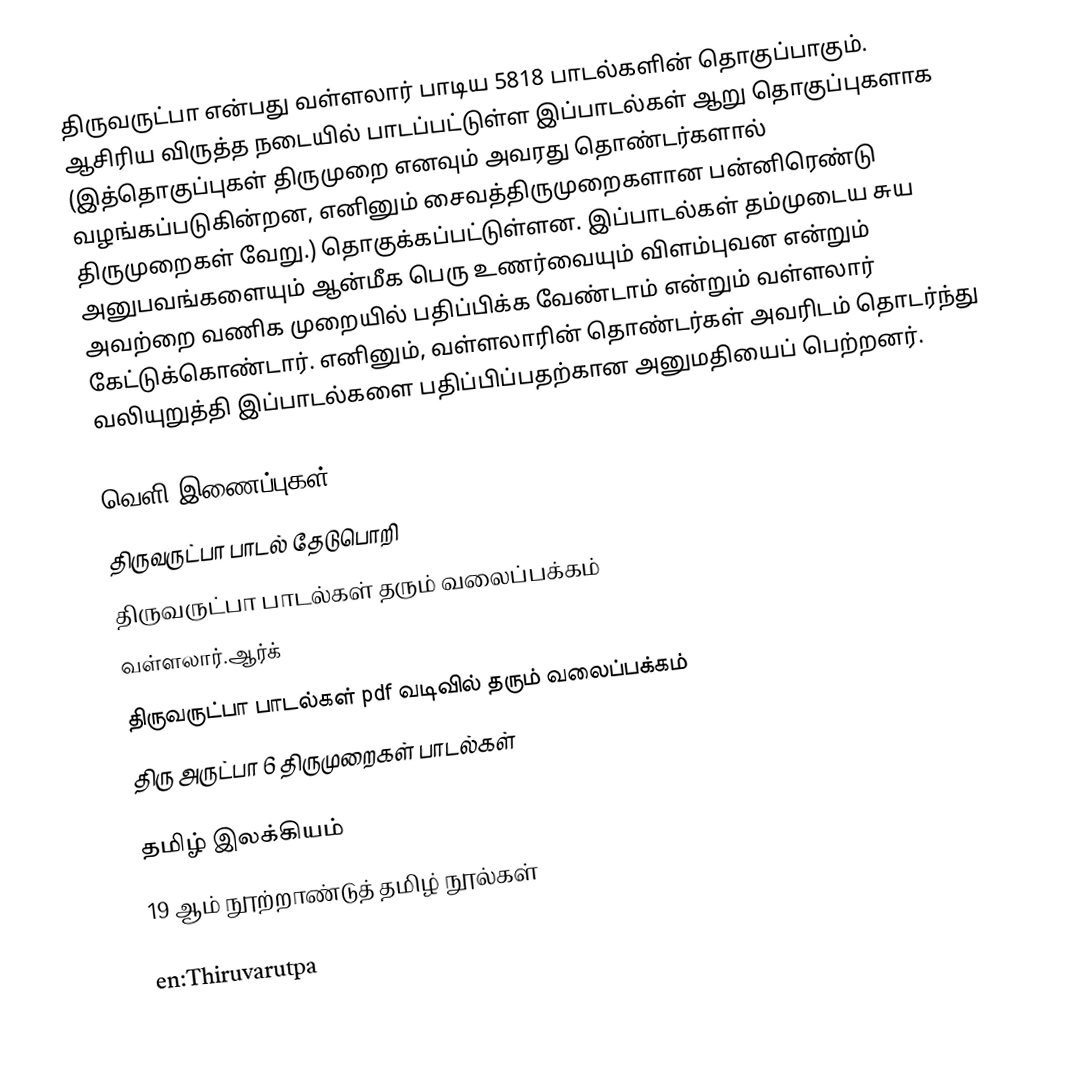
திருவருட்பா என்பது வள்ளலார் பாடிய 5818 பாடல்களின் தொகுப்பாகும். ஆசிரிய விருத்த நடையில் பாடப்பட்டுள்ள இப்பாடல்கள் ஆறு தொகுப்புகளாக (இத்தொகுப்புகள் திருமுறை எனவும் அவரது தொண்டர்களால் வழங்கப்படுகின்றன, எனினும் சைவத்திருமுறைகளான பன்னிரெண்டு திருமுறைகள் வேறு.) தொகுக்கப்பட்டுள்ளன. இப்பாடல்கள் தம்முடைய சுய அனுபவங்களையும் ஆன்மீக பெரு உணர்வையும் விளம்புவன என்றும் அவற்றை வணிக முறையில் பதிப்பிக்க வேண்டாம் என்றும் வள்ளலார் கேட்டுக்கொண்டார். எனினும், வள்ளலாரின் தொண்டர்கள் அவரிடம் தொடர்ந்து வலியுறுத்தி இப்பாடல்களை பதிப்பிப்பதற்கான அனுமதியைப் பெற்றனர்.

வெளி இணைப்புகள்
 திருவருட்பா பாடல் தேடுபொறி
 திருவருட்பா பாடல்கள் தரும் வலைப்பக்கம்
 வள்ளலார்.ஆர்க்
 திருவருட்பா பாடல்கள் pdf வடிவில் தரும் வலைப்பக்கம்
 திரு அருட்பா 6 திருமுறைகள் பாடல்கள்

தமிழ் இலக்கியம்
19 ஆம் நூற்றாண்டுத் தமிழ் நூல்கள்

en:Thiruvarutpa